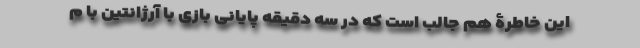
این خاطرۀ هم جالب است که در سه دقیقه پایانی بازی با آرژانتین با م